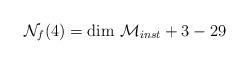
LaTeX: \begin{align*}{\cal N} _f(4) = {\rm dim} \ {\cal M} _{inst}+3 -29\end{align*}